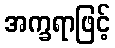
အက္ခရာဖြင့်